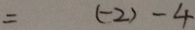
= ( - 2 ) - 4